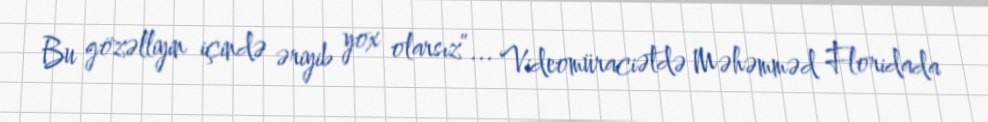
Bu gözəlliyin içində əriyib yox olarsız”... Videomüraciətdə Məhəmməd Floridada